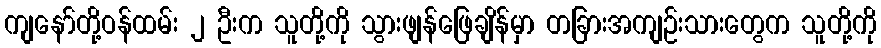
ကျနော်တို့ဝန်ထမ်း ၂ ဦးက သူတို့ကို သွားဖျန်ဖြေချိန်မှာ တခြားအကျဉ်းသားတွေက သူတို့ကို